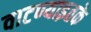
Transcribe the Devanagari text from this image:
वाटण्याइतके